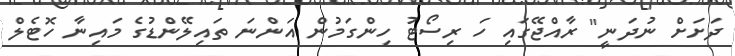
ދަށަށް ނުދަނީ" ރާއްޖޭގައި ހަ ރިސޯޓު ހިންގަމުން އަންނަ ތައިލޭންޑުގެ މައިނާ ހޮޓެލް